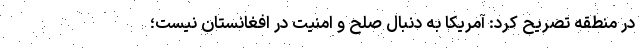
در منطقه تصریح کرد: آمریکا به دنبال صلح و امنیت در افغانستان نیست؛